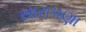
સારાપણા